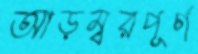
আড়ম্বরপূর্ণ